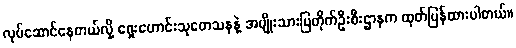
လုပ်ဆောင်နေတယ်လို့ ရှေးဟောင်းသုတေသနနဲ့ အမျိုးသားပြတိုက်ဦးစီးဌာနက ထုတ်ပြန်ထားပါတယ်။